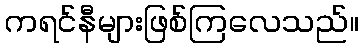
ကရင်နီများဖြစ်ကြလေသည်။